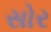
સોર